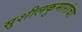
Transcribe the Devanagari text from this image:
सुशीलकुमारांचा